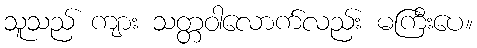
သူသည် ကျား သတ္တဝါလောက်လည်း မကြီးပေ။